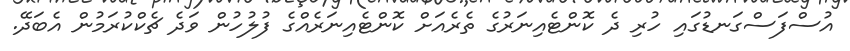
އުސްފަސްގަނޑުގައި ހުރި ދެ ކޮންޓެއިނަރުގެ ތެރެއަށް ކޮންޓެއިނަރެއްގެ ފުލުހުން ވަދެ ޗެކްކުރަމުން އެބަދޭ.